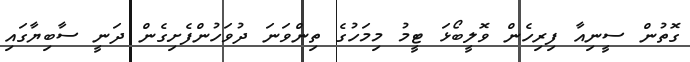
ގޮތުން ސީނިއާ ފިރިހެން ވޮލީބޯޅަ ޓީމު މިމަހުގެ ތިންވަނަ ދުވަހުންފެށިގެން ދަނީ ސާބިޔާގައި